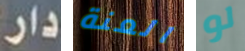
دار العنة لو